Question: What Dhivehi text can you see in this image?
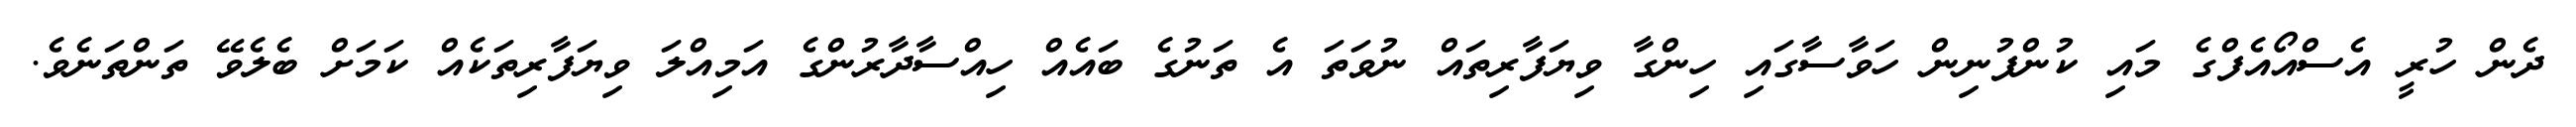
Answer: ދެން ހުރީ އެސްއޯއެފްގެ މައި ކުންފުނިން ހަވާސާގައި ހިންގާ ވިޔަފާރިތައް ނުވަތަ އެ ތަނުގެ ބައެއް ހިއްސާދާރުންގެ އަމިއްލަ ވިޔަފާރިތަކެއް ކަމަށް ބެލެވޭ ތަންތަނެވެ.